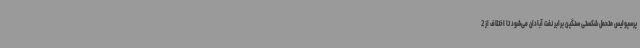
پرسپولیس متحمل شکستی سنگین برابر نفت آبادان می‌شود تا اختلاف از 2